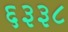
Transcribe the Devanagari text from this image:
६३३८